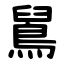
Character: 䳔